Civil Veterinary Department Bihar reports 1936-40 - 1936-1940
Year: 1936
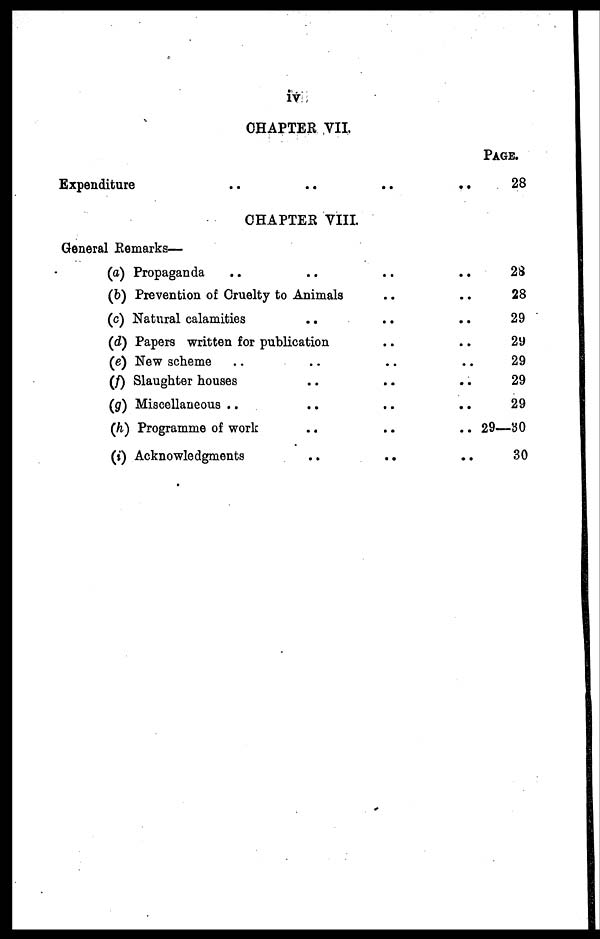
iv
CHAPTER VII
Expenditure
..
..
..
..
CHAPTER VIII.
General Remarks—
(a) Propaganda .. .. .. ..
(b) Prevention of Cruelty to Animals .. .. ..
(c) Natural calamities .. .. ..
(d) Papers written for publication .. ..
(e) New scheme .. .. .. ..
(f) Slaughter houses .. .. ..
(g) Miscellaneous .. .. ..
(h) Programme of work .. .. ..
(i) Acknowledgments .. .. ..
PAGE.
28
28
28
29
29
29
29
29
29—30
30